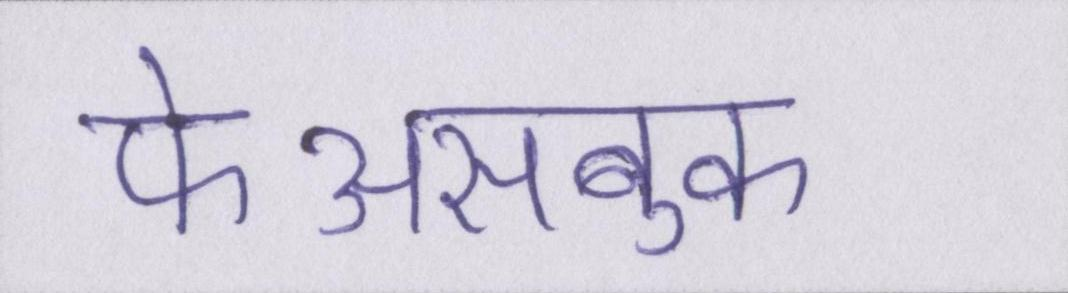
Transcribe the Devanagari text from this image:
फेअसबुक